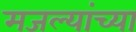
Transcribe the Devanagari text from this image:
मजल्यांच्या